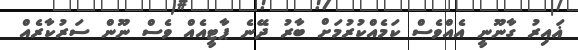
ޣައިރު ގާނޫނީ އެއްވެސް ކަމެއްކުރުމަށް ބާރު ދޭނެ ޕާޓީއެއް ވެސް ނޫން ސަރުކާރެއް